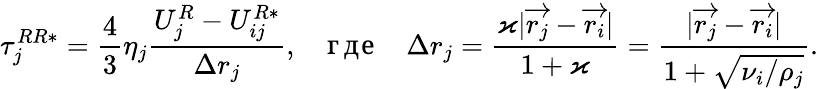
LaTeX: \tau_{j}^{RR*}=\frac{4}{3}\eta_{j}\frac{U_{j}^{R}-U_{ij}^{R*}}{\Delta r_{j}},\quad\mathrm{где}\quad\Delta r_{j}=\frac{\varkappa|\overrightarrow{r_{j}}-\overrightarrow{r_{i}}|}{1+\varkappa}=\frac{|\overrightarrow{r_{j}}-\overrightarrow{r_{i}}|}{1+\sqrt{\nu_{i}/\rho_{j}}}.